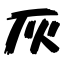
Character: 灰